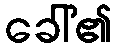
ခေါ်၏